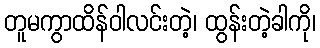
တူမကွာထိန်ဝါလင်းတဲ့၊ ထွန်းတဲ့ခါကို၊